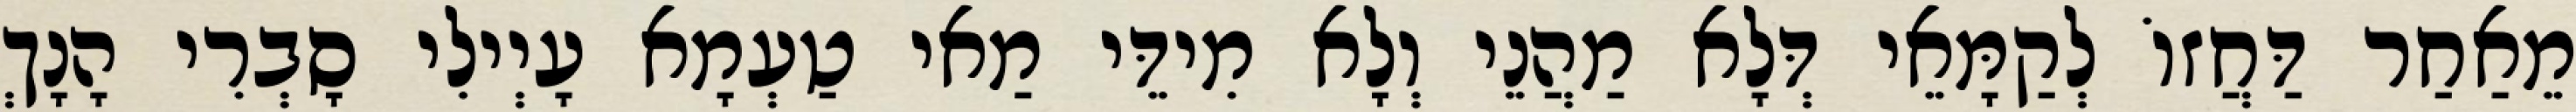
מֵאַחַר דַּחֲזוֹ לְקַמָּאֵי דְּלָא מַהֲנֵי וְלָא מִידֵּי מַאי טַעְמָא עָיְילִי סָבְרִי הָנָךְ